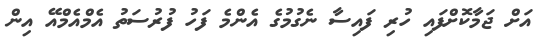
އަށް ޖަމާކޮށްފައި ހުރި ފައިސާ ނެގުމުގެ އެންމެ ފަހު ފުރުސަތު އެމްއެމްއޭ އިން